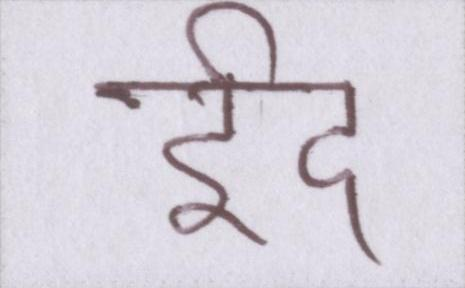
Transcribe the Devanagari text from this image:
ईद